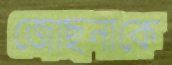
জোছনাকে